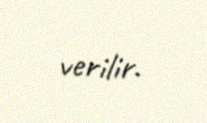
verilir.